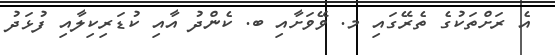
އެ ރަށްތަކުގެ ތެރޭގައި މ. ވޭވަށާއި ބ. ކެންދު އާއި ކުޑަރިކިލާއި ފުޅަދު